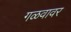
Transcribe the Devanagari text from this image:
गळवावर